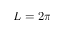
L = 2 \pi